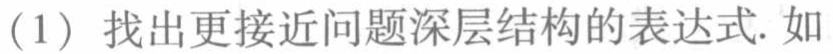
(1) 找出更接近问题深层结构的表达式. 如